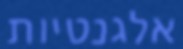
אלגנטיות